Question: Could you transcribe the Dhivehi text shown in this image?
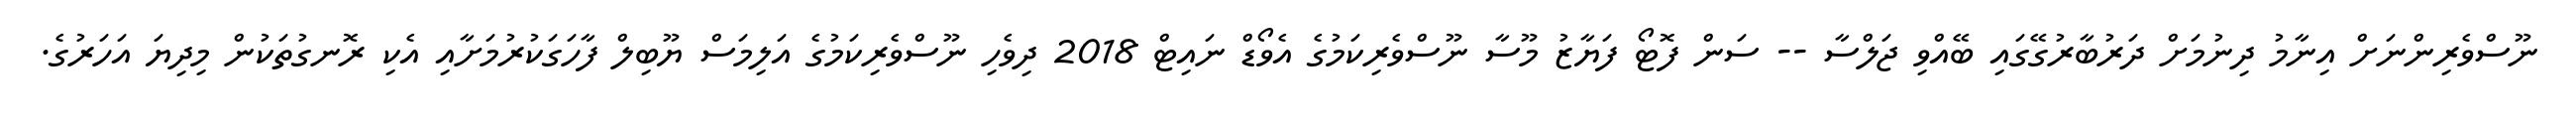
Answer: ނޫސްވެރިންނަށް އިނާމު ދިނުމަށް ދަރުބާރުގޭގައި ބޭއްވި ޖަލްސާ -- ސަން ފޮޓޯ ފަޔާޒު މޫސާ ނޫސްވެރިކަމުގެ އެވޯޑް ނައިޓް 2018 ދިވެހި ނޫސްވެރިކަމުގެ އަލިމަސް ޔޫބިލް ފާހަގަކުރުމަށާއި އެކި ރޮނގުތަކުން މިދިޔަ އަހަރުގެ.